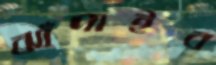
ঝাঁপাইব